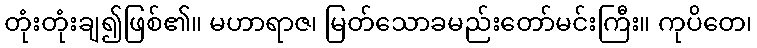
တုံးတုံးချ၍ဖြစ်၏။ မဟာရာဇ၊ မြတ်သောခမည်းတော်မင်းကြီး။ ကုပိတေ၊